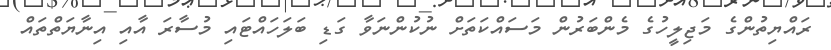
ރައްޔިތުންގެ މަޖިލީހުގެ މެންބަރުން މަސައްކަތަށް ނުކުންނަވާ ގަޑި ބަލަހައްޓައި މުސާރަ އާއި އިނާޔަތްތައް